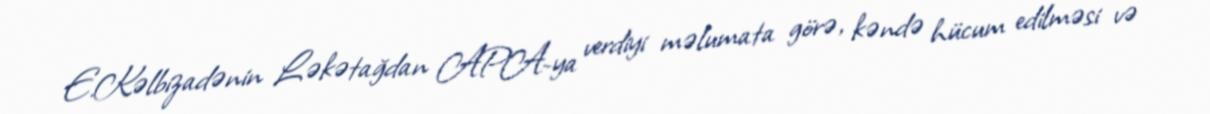
E.Kəlbizadənin Ləkətağdan APA-ya verdiyi məlumata görə, kəndə hücum edilməsi və